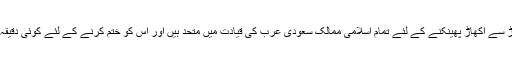
دہشت گردی کے ناسور کو جڑ سے اکھاڑ پھینکنے کے لئے تمام اسلامی ممالک سعودی عرب کی قیادت میں متحد ہیں اور اس کو ختم کرنے کے لئے کوئی دقیقہ فروگذاشت نہیں کیا جائے گا ۔